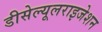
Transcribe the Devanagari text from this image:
डीसेल्यूलराइजेशन